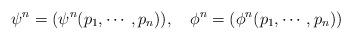
LaTeX: \begin{align*}\psi^n=(\psi^n(p_1,\cdots,p_n)),\quad\phi^n=(\phi^n(p_1,\cdots,p_n))\end{align*}